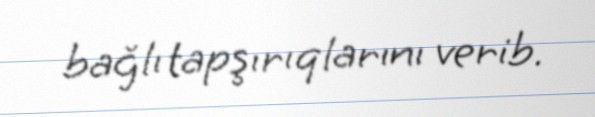
bağlı tapşırıqlarını verib.